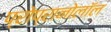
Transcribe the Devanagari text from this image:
प्रोप्रानोलॉल